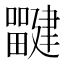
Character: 𰣜